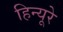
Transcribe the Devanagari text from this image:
हिन्यूरे